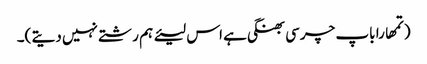
(تمھارا باپ چرسی بھنگی ہے اس لیئے ہم رشتے نہیں دیتے )۔